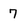
Character: 7